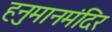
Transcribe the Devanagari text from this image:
हनुमानमंदिर